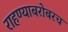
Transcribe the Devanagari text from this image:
राहण्याबरोबरच